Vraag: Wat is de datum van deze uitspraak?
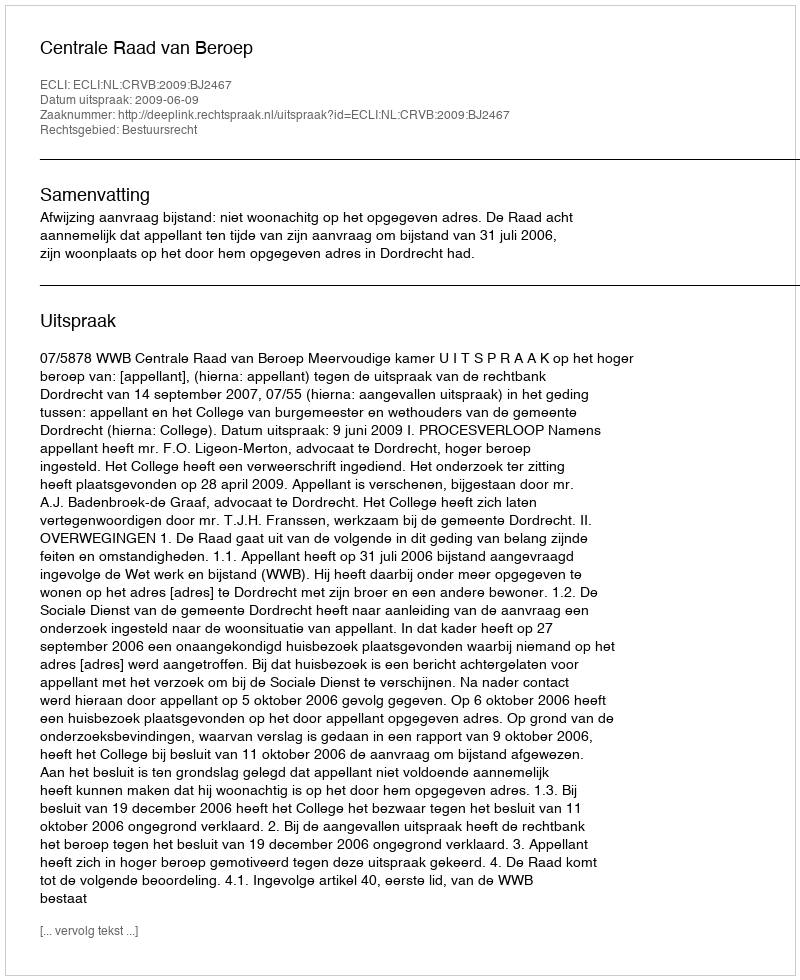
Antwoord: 2009-06-09